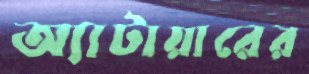
অ্যাটায়ারের